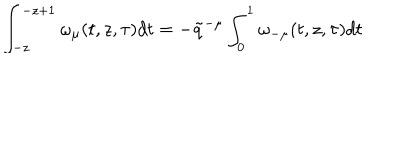
\int _ { - z } ^ { - z + 1 } \omega _ { \mu } ( t , z , \tau ) d t = - \tilde { q } ^ { - \mu } \int _ { 0 } ^ { 1 } \omega _ { - \mu } ( t , z , \tau ) d t